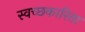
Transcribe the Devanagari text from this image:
स्वच्छकारिता